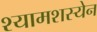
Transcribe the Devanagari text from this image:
श्यामशस्येन